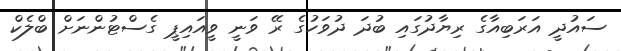
ސައުދީ އަރަބިއާގެ ރިޔާދުގައި ބުދަ ދުވަހުގެ ރޭ ވަނީ ވީއައިޕީ ގެސްޓުންނަށް ބްލެކް